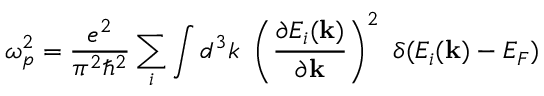
\omega _ { p } ^ { 2 } = \frac { e ^ { 2 } } { \pi ^ { 2 } \hbar ^ { 2 } } \sum _ { i } \int d ^ { 3 } k \ \left( \frac { \partial E _ { i } ( \mathbf { k } ) } { \partial \mathbf { k } } \right) ^ { 2 } \ \delta ( E _ { i } ( \mathbf { k } ) - E _ { F } )